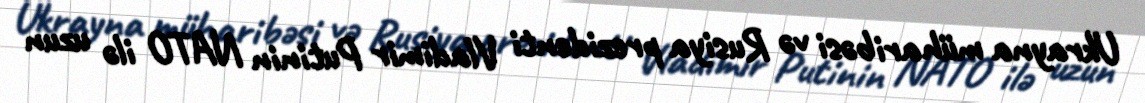
Ukrayna müharibəsi və Rusiya prezidenti Vladimir Putinin NATO ilə uzun